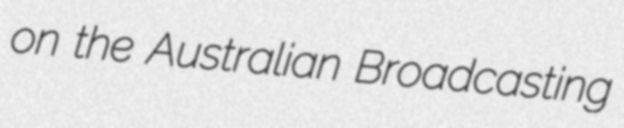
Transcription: on the Australian Broadcasting